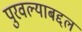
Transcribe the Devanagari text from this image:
पुरवल्याबद्दल